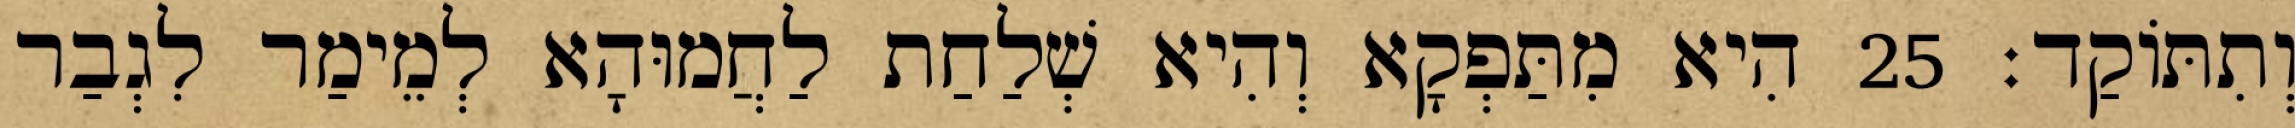
וְתִתּוֹקַד׃ 25 הִיא מִתַּפְקָא וְהִיא שְׁלַחַת לַחֲמוּהָא לְמֵימַר לִגְבַר